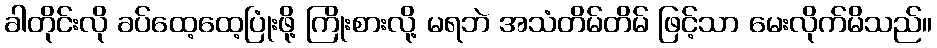
ခါတိုင်းလို ခပ်ထေ့ထေ့ပြုံးဖို့ ကြိုးစားလို့ မရဘဲ အသံတိမ်တိမ် ဖြင့်သာ မေးလိုက်မိသည်။